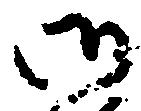
御